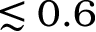
\lesssim 0 . 6